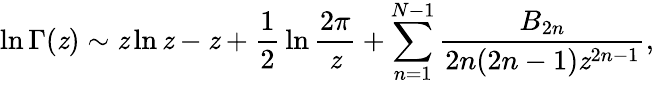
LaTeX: \ln\Gamma(\mathit{z})\sim\mathit{z}\ln\mathit{z}-\mathit{z}+{\frac{{1}}{{2}}}\ln{\frac{{2\pi}}{{\mathit{z}}}}+\sum_{n=1}^{N-1}{\frac{{B_{2n}}}{{2n(2n-1)\mathit{z}^{2n-1}}}},